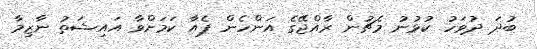
ބުދަ ދުވަހު ކުޅުނު މެޗުން ރާއްޖޭގެ އަންހެން ޕެއާ ކަމަށްވާ އައިޝަތު ނާޒިމާ